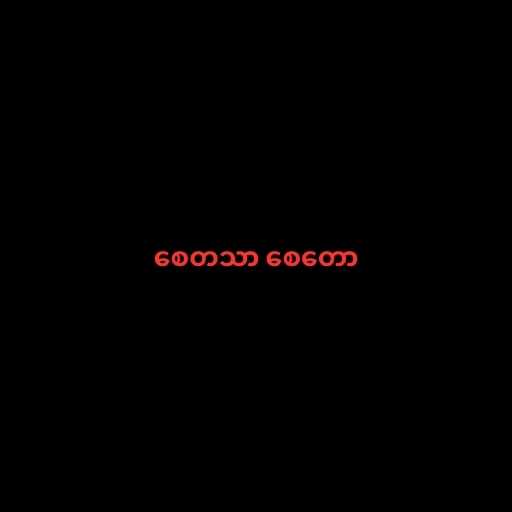
စေတသာ စေတော